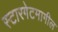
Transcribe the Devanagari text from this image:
स्टारगेटमागील